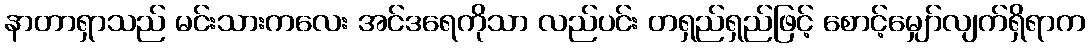
နာတာရှာသည် မင်းသားကလေး အင်ဒရေကိုသာ လည်ပင်း တရှည်ရှည်ဖြင့် စောင့်မျှော်လျက်ရှိရာက